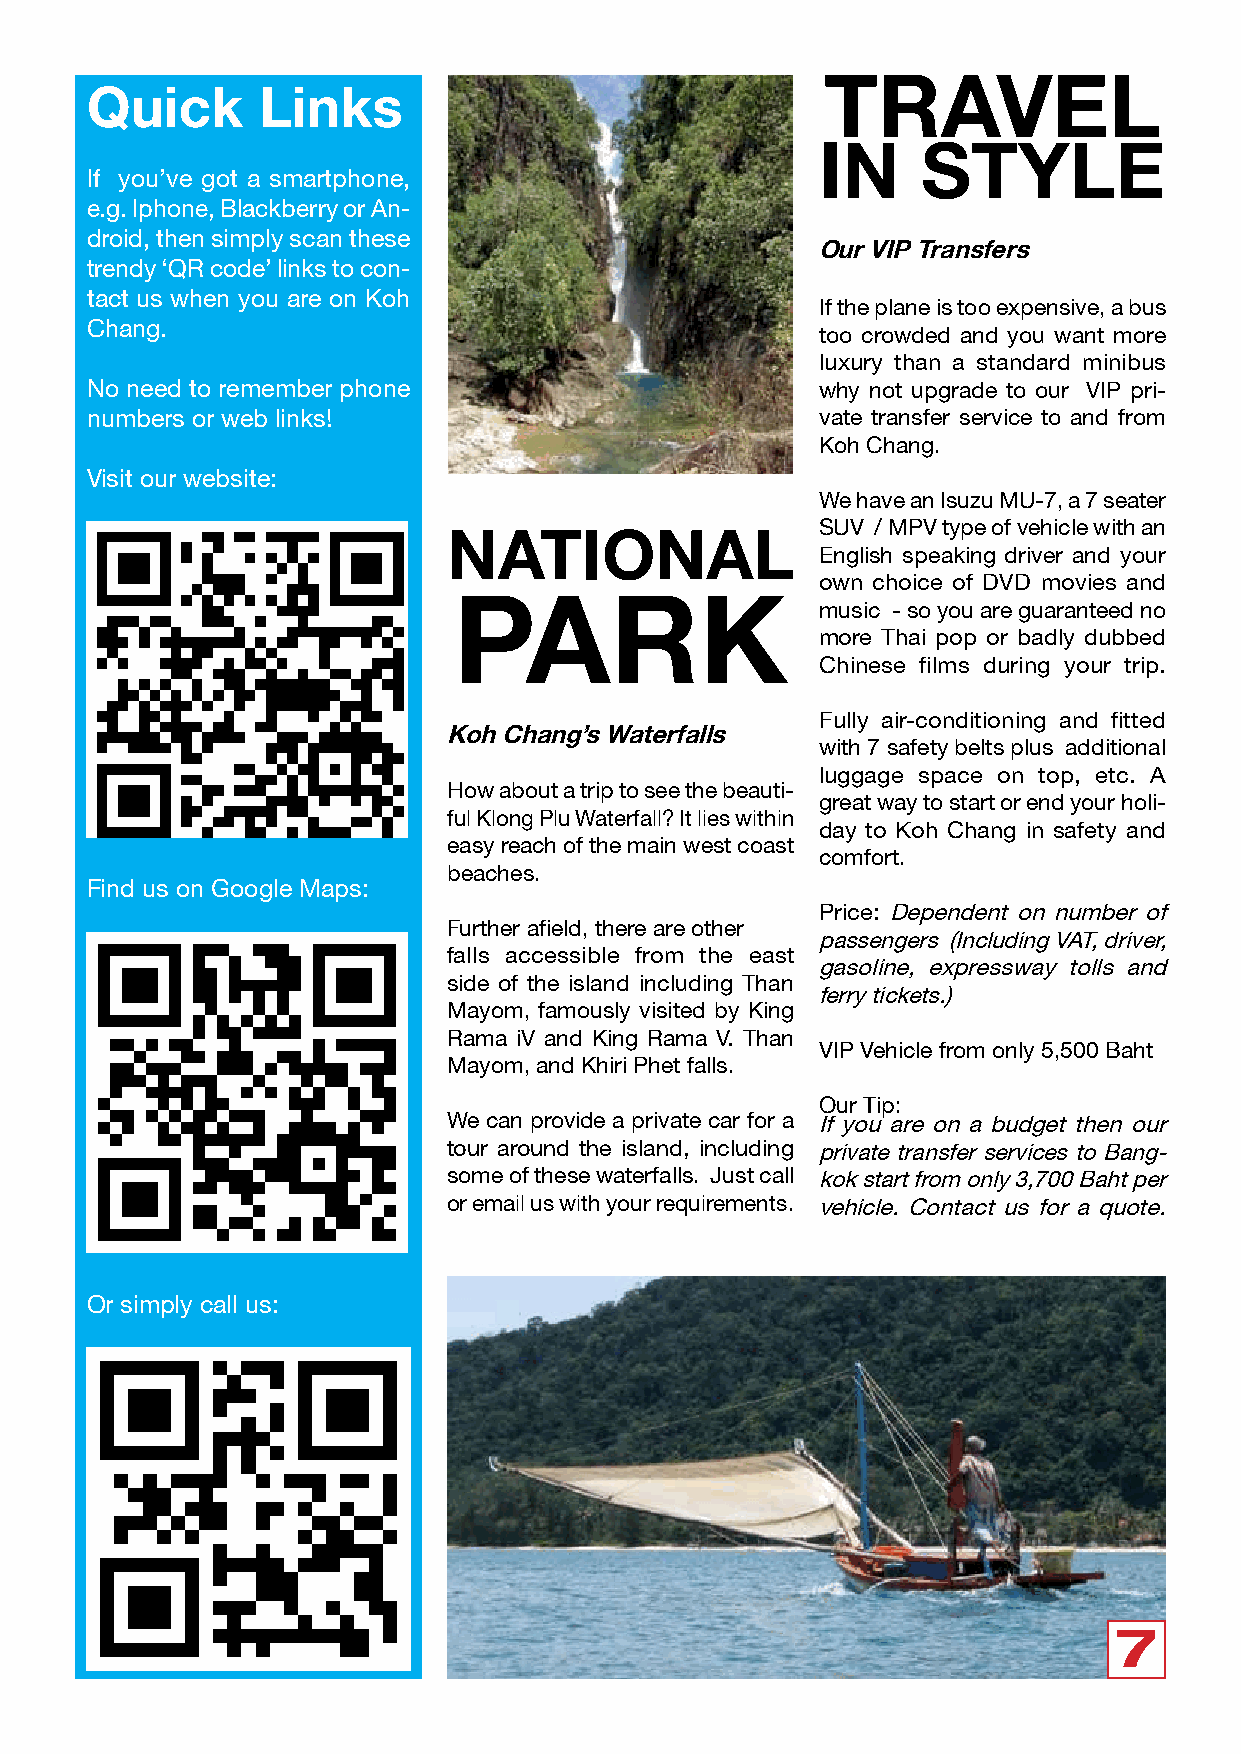
TRAVEL
 Quick      Links
 IN     STYLE
 If you’ve got a smartphone,
 e.g. Iphone, Blackberry or An-
 droid, then simply scan these
 Our VIP Transfers
 trendy ‘QR code’ links to con-
 tact us when you are on Koh
 If the plane is too expensive, a bus
 Chang.
 too crowded and you want more
 luxury than a standard minibus
 No need to remember phone                       why not upgrade to our VIP pri-
 numbers or web links!                           vate transfer service to and from
 Koh Chang.
 Visit our website:
 We have an Isuzu MU-7, a 7 seater
 SUV / MPV type of vehicle with an
 NATIONAL
 English speaking driver and your
 own choice of DVD movies and
 PARK
 music - so you are guaranteed no
 more Thai pop or badly dubbed
 Chinese films during your trip.
 Fully air-conditioning and fitted
 Koh Chang’s Waterfalls
 with 7 safety belts plus additional
 luggage space on top, etc. A
 How about a trip to see the beauti-
 great way to start or end your holi-
 ful Klong Plu Waterfall? It lies within
 day to Koh Chang in safety and
 easy reach of the main west coast
 comfort.
 beaches.
 Find us on Google Maps:
 Price: Dependent on number of
 Further afield, there are other
 passengers (Including VAT, driver,
 falls accessible from the east
 gasoline, expressway tolls and
 side of the island including Than
 ferry tickets.)
 Mayom, famously visited by King
 Rama iV and King Rama V. Than
 VIP Vehicle from only 5,500 Baht
 Mayom, and Khiri Phet falls.
 Our Tip:
 We can provide a private car for a If you are on a budget then our
 tour around the island, including private transfer services to Bang-
 some of these waterfalls. Just call kok start from only 3,700 Baht per
 or email us with your requirements. vehicle. Contact us for a quote.
 Or simply call us:
 7